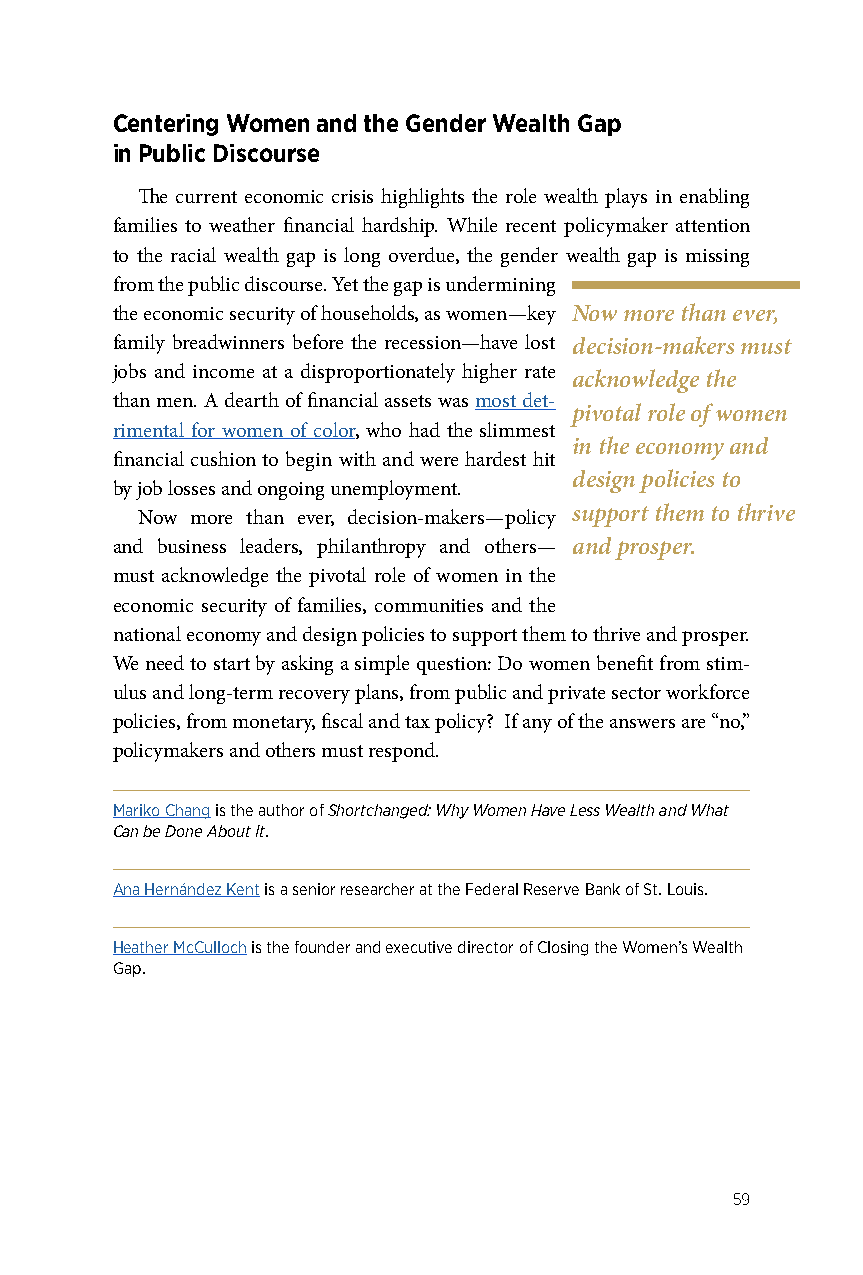
Centering Women and the Gender Wealth Gap
 in Public Discourse
 The current economic crisis highlights the role wealth plays in enabling
 families to weather financial hardship. While recent policymaker attention
 to the racial wealth gap is long overdue, the gender wealth gap is missing
 from the public discourse. Yet the gap is undermining
 the economic security of households, as women—key Now more than ever,
 family breadwinners before the recession—have lost decision-makers must
 jobs and income at a disproportionately higher rate
 acknowledge the
 than men. A dearth of financial assets was most det-
 pivotal role of women
 rimental for women of color, who had the slimmest
 in the economy and
 financial cushion to begin with and were hardest hit
 design policies to
 by job losses and ongoing unemployment.
 Now more than ever, decision-makers—policy support them to thrive
 and business leaders, philanthropy and others— and prosper.
 must acknowledge the pivotal role of women in the
 economic security of families, communities and the
 national economy and design policies to support them to thrive and prosper.
 We need to start by asking a simple question: Do women benefit from stim-
 ulus and long-term recovery plans, from public and private sector workforce
 policies, from monetary, fiscal and tax policy? If any of the answers are “no,”
 policymakers and others must respond.
 Mariko Chang is the author of Shortchanged: Why Women Have Less Wealth and What
 Can be Done About It.
 Ana Hernández Kent is a senior researcher at the Federal Reserve Bank of St. Louis.
 Heather McCulloch is the founder and executive director of Closing the Women’s Wealth
 Gap.
 59